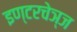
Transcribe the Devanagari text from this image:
इण्टरचेञ्ज